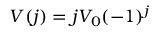
V ( j ) = j V _ { 0 } ( - 1 ) ^ { j }